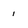
Character: 1